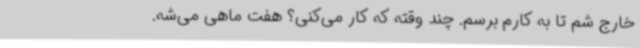
خارج شم تا به کارم برسم. ‌چند وقته که کار می‌کنی؟ هفت ماهی می‌شه.